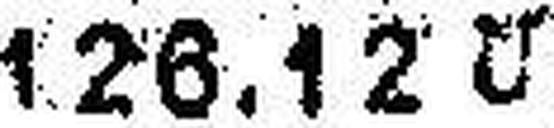
126.12 U